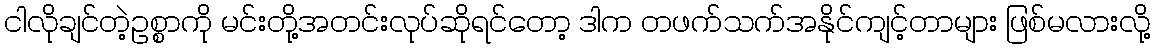
ငါလိုချင်တဲ့ဥစ္စာကို မင်းတို့အတင်းလုပ်ဆိုရင်တော့ ဒါက တဖက်သက်အနိုင်ကျင့်တာများ ဖြစ်မလားလို့